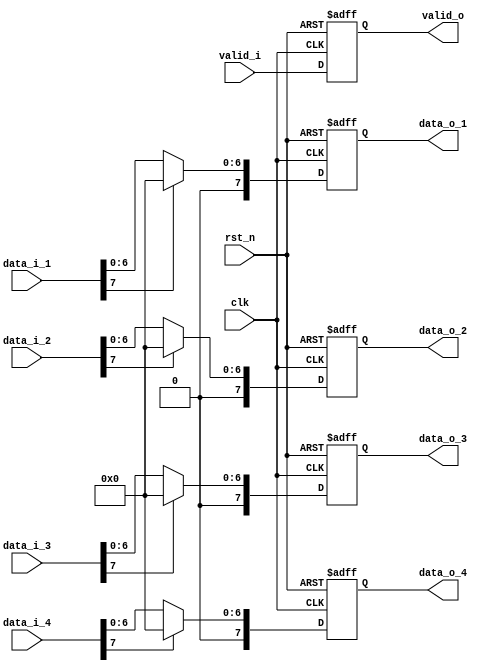
module ReLU(
	input clk ,
	input rst_n ,
	
	input signed [7:0] data_i_1 ,
	input signed [7:0] data_i_2 ,
	input signed [7:0] data_i_3 ,
	input signed [7:0] data_i_4 ,
	input valid_i ,
	
	output reg signed [7:0] data_o_1 ,
	output reg signed [7:0] data_o_2 ,
	output reg signed [7:0] data_o_3 ,
	output reg signed [7:0] data_o_4 ,
	output reg valid_o
);

	always@(posedge clk or negedge rst_n)
	begin
		if(!rst_n)
			begin
				valid_o <= 8'b0 ;
			end
		else
			begin
				valid_o <= valid_i ;
			end
	end

	always@(posedge clk or negedge rst_n)
	begin
		if(!rst_n)
			begin
				data_o_1 <= 8'b0 ;
			end
		else
			begin
				data_o_1 <= (data_i_1[7] == 1'b0)? data_i_1 : 8'b0 ;
			end
	end
	
	always@(posedge clk or negedge rst_n)
	begin
		if(!rst_n)
			begin
				data_o_2 <= 8'b0 ;
			end
		else
			begin
				data_o_2 <= (data_i_2[7] == 1'b0)? data_i_2 : 8'b0 ;
			end
	end
	
	always@(posedge clk or negedge rst_n)
	begin
		if(!rst_n)
			begin
				data_o_3 <= 8'b0 ;
			end
		else
			begin
				data_o_3 <= (data_i_3[7] == 1'b0)? data_i_3 : 8'b0 ;
			end
	end
	
	always@(posedge clk or negedge rst_n)
	begin
		if(!rst_n)
			begin
				data_o_4 <= 8'b0 ;
			end
		else
			begin
				data_o_4 <= (data_i_4[7] == 1'b0)? data_i_4 : 8'b0 ;
			end
	end
	
endmodule